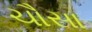
ચૌસા